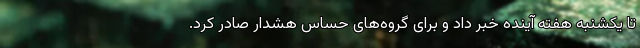
تا یکشنبه هفته آینده خبر داد و برای گروه‌های حساس هشدار صادر کرد.